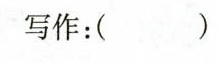
写作:( )